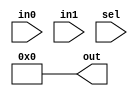
module ual(
        output  [7: 0]  out,
        input   [3: 0]  in0,
        input   [3: 0]  in1,
        input   [4: 0]  sel
    );

    wire    [7: 0]  out_nander;
    wire    [7: 0]  out_xorer;
    wire    [7: 0]  out_adder;
    wire    [7: 0]  out_subtractor;
    wire    [7: 0]  out_multiplier;

    //assign out_nander = // TODO use operators: and, not to implement NAND
    //assign out_xorer = // TODO use XOR operator

    // TODO use adder and put the result in out_adder
    // TODO use subtractor and put the result in out_subtractor
    // TODO use multiplier and put the result in out_multiplier

    // sel == 1 => NAND
    // sel == 2 => XOR
    // sel == 4 => ADD
    // sel == 8 => SUB
    // sel == 16 => MUL

    // TODO: use "?:"
    assign out = 0;

endmodule